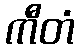
ကီတံ